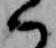
ハ